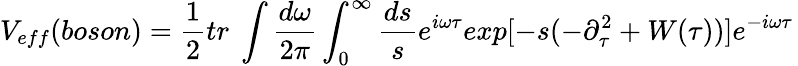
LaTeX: V_{eff}(boson)=\frac{1}{2}tr\ \int\frac{d\omega}{2\pi}\int_{0}^{\infty}\frac{ds}{s}e^{i\omega\tau}exp[-s(-\partial_{\tau}^{2}+W(\tau))]e^{-i\omega\tau}\,